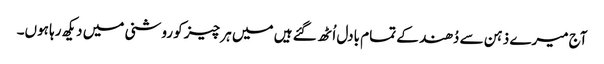
آج میرے ذہن سے دُھند کے تمام بادل اُٹھ گئے ہیں میں ہر چیز کو روشنی میں دیکھ رہا ہوں۔